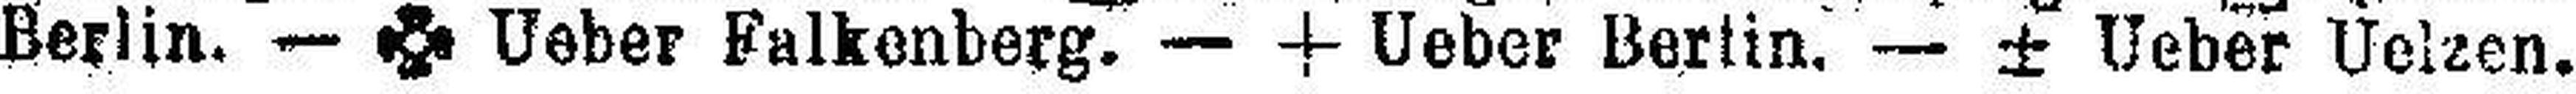
Berlin. — ### Ueber Falkenberg.— + Ueber Berlin, — ± Ueber Uelzen.